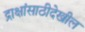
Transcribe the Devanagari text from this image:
द्राक्षांसाठीदेखील